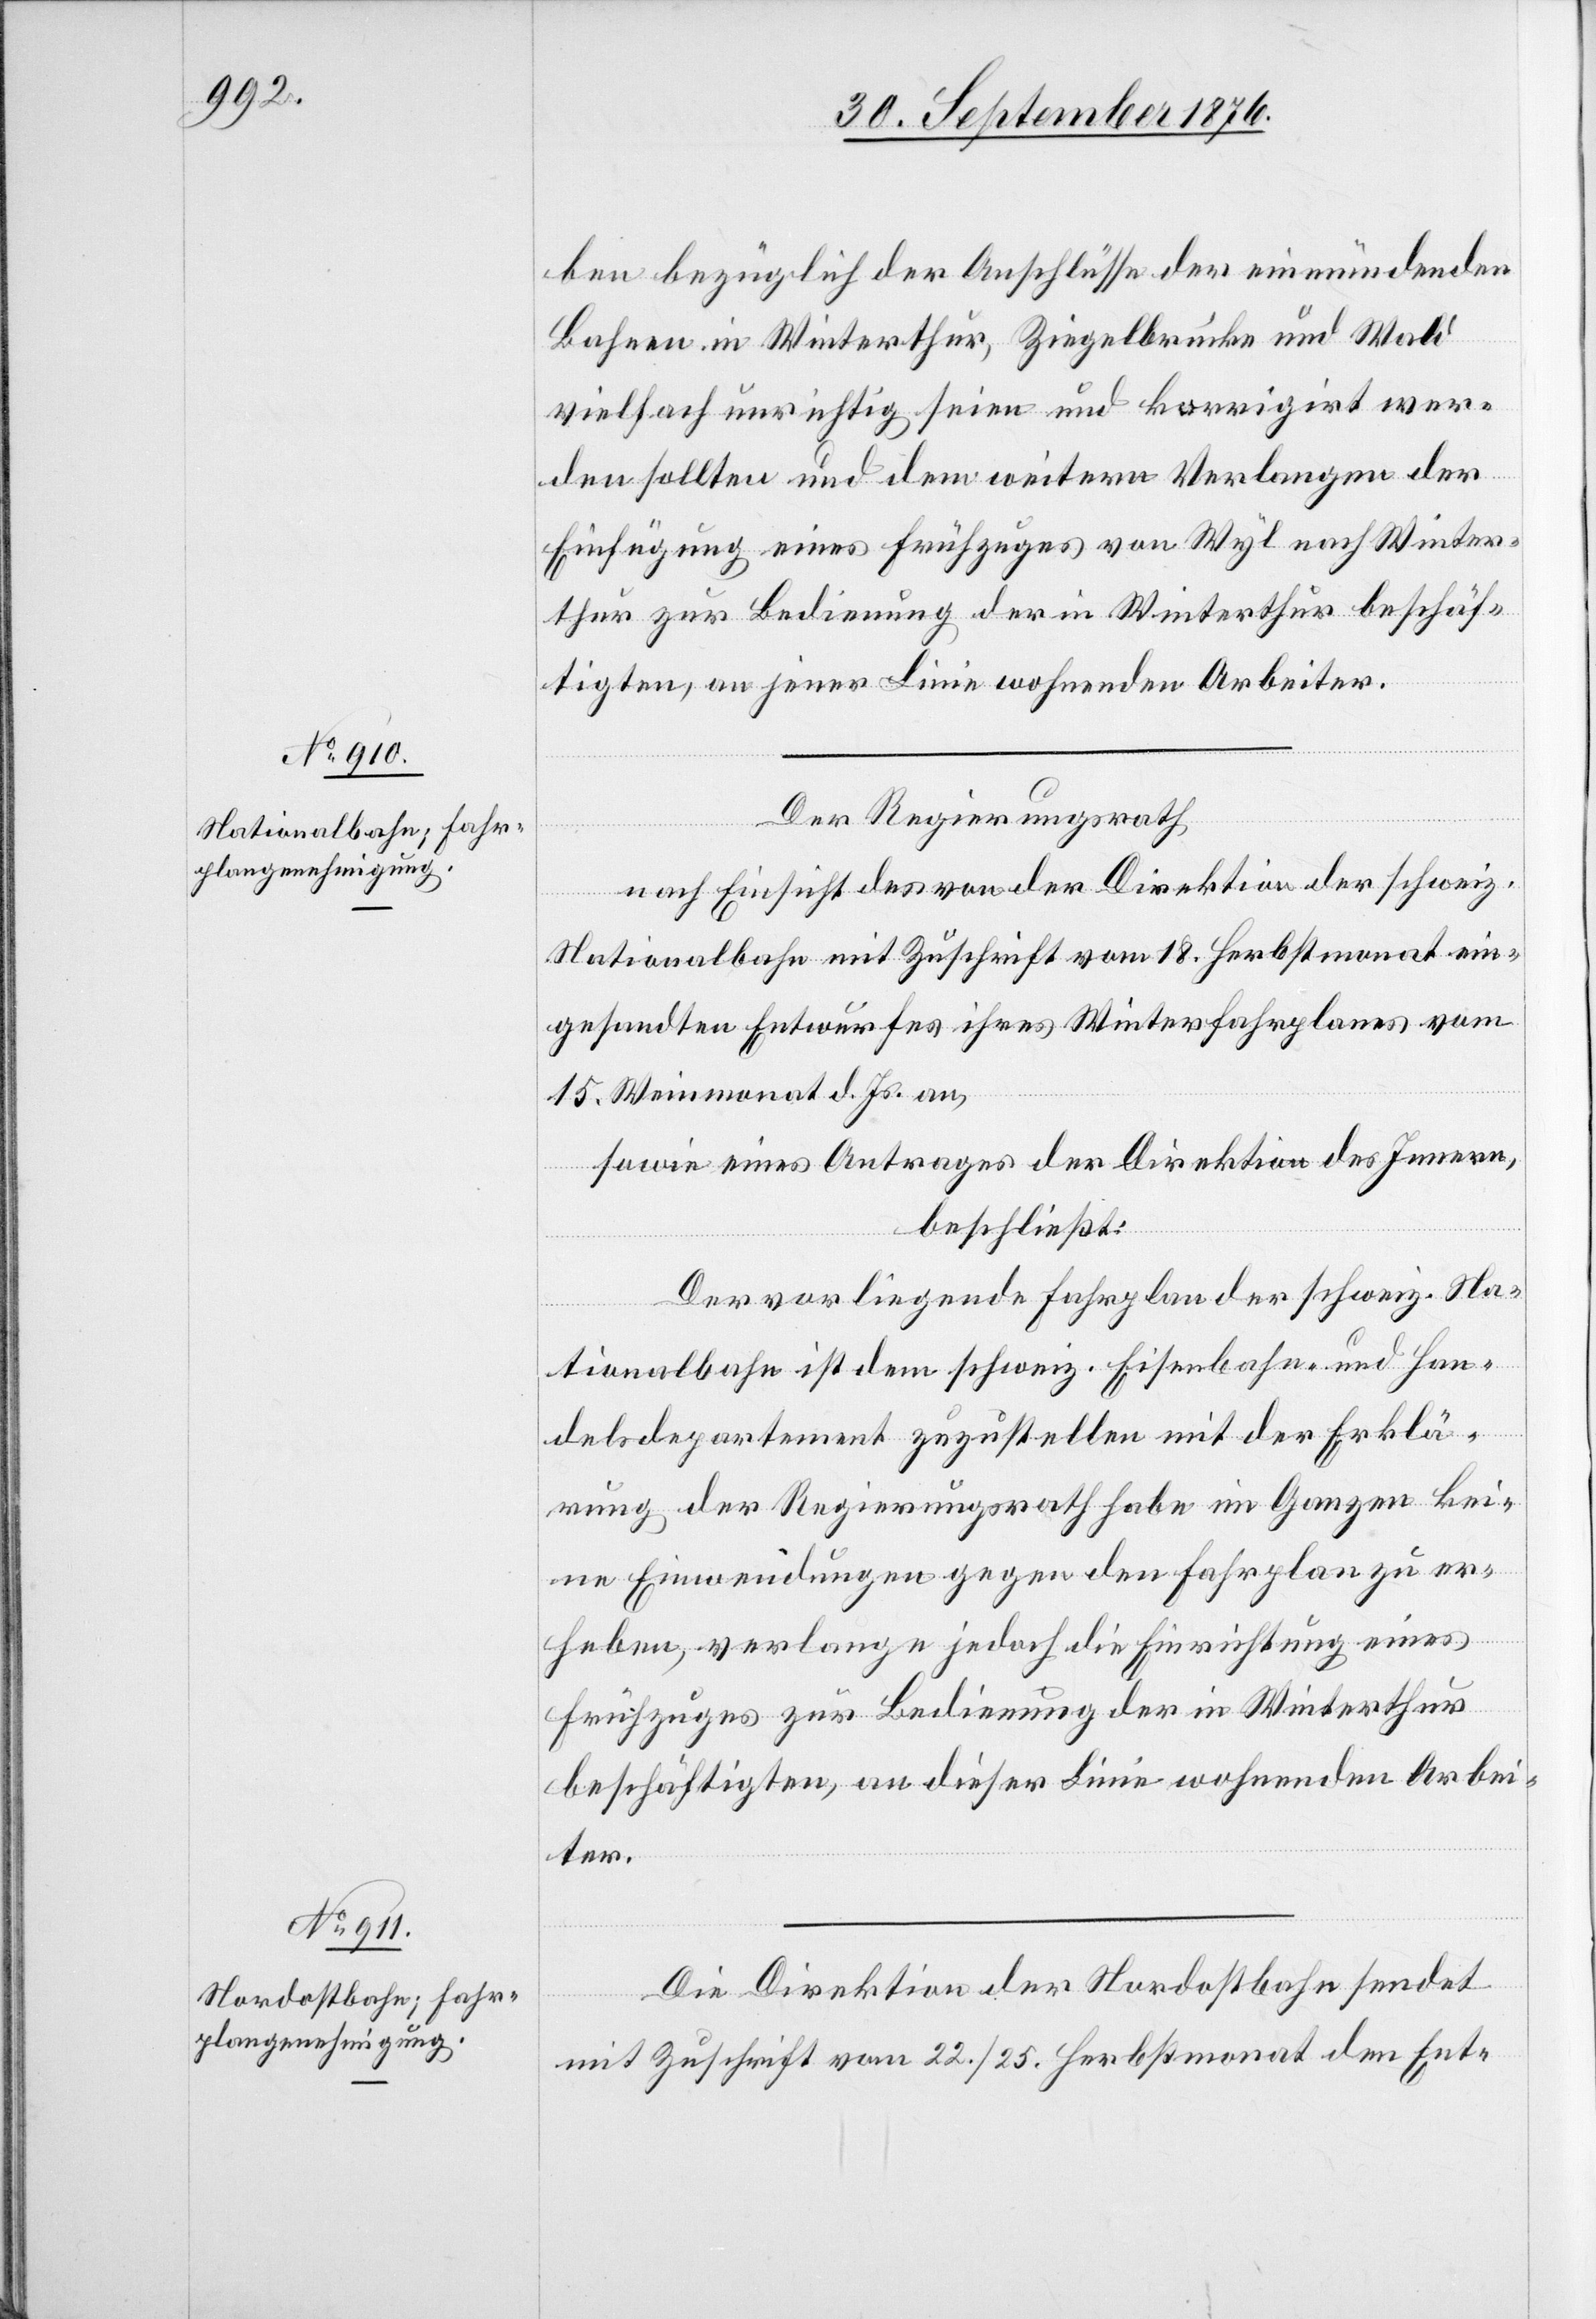
ben bezüglich der Anschlüsse der einmündenden
Bahnen in Winterthur, Ziegelbrücke und Wald
vielfach unrichtig seien und korrigirt wer¬
den sollten und dem weitern Verlangen der
Einfügung eines Frühzuges von Wyl nach Winter¬
thur zur Bedienung der in Winterthur beschäf¬
tigten, an jener Linie wohnenden Arbeiter.
Der Regierungsrath,
nach Einsicht des von der Direktion der schweiz.
Nationalbahn mit Zuschrift vom 18. Herbstmonat ein¬
gesandten Entwurfes ihres Winterfahrplanes vom
15. Weinmonat d. Js. an,
sowie eines Antrages der Direktion des Innern,
beschließt:
Der vorliegende Fahrplan der schweiz. Na¬
tionalbahn ist dem schweiz. Eisenbahn- und Han¬
delsdepartement zuzustellen mit der Erklä¬
rung der Regierungsrath habe im Ganzen kei¬
ne Einwendungen gegen den Fahrplan zu er¬
heben, verlange jedoch die Einrichtung eines
Frühzuges zur Bedienung der in Winterthur
beschäftigten, an dieser Linie wohnenden Arbei¬
ter.
Die Direktion der Nordostbahn sendet
mit Zuschrift vom 22./25. Herbstmonat den Ent-